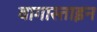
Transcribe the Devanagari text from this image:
बागास्ताइन